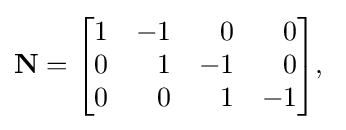
\mathbf {N} ={\begin{bmatrix}1&-1&{\phantom {+}}0&{\phantom {+}}0\\0&{\phantom {+}}1&-1&{\phantom {+}}0\\0&{\phantom {+}}0&{\phantom {+}}1&-1\\\end{bmatrix}},\